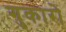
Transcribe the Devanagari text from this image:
गुकारो